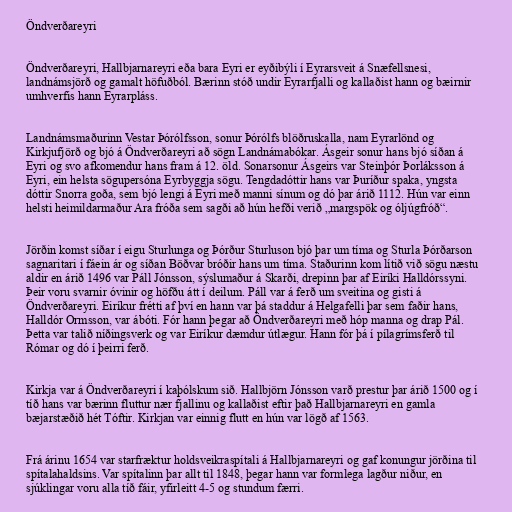
Öndverðareyri

Öndverðareyri, Hallbjarnareyri eða bara Eyri er eyðibýli í Eyrarsveit á Snæfellsnesi,
landnámsjörð og gamalt höfuðból. Bærinn stóð undir Eyrarfjalli og kallaðist hann og bæirnir
umhverfis hann Eyrarpláss.

Landnámsmaðurinn Vestar Þórólfsson, sonur Þórólfs blöðruskalla, nam Eyrarlönd og
Kirkjufjörð og bjó á Öndverðareyri að sögn Landnámabókar. Ásgeir sonur hans bjó síðan á
Eyri og svo afkomendur hans fram á 12. öld. Sonarsonur Ásgeirs var Steinþór Þorláksson á
Eyri, ein helsta sögupersóna Eyrbyggja sögu. Tengdadóttir hans var Þuríður spaka, yngsta
dóttir Snorra goða, sem bjó lengi á Eyri með manni sínum og dó þar árið 1112. Hún var einn
helsti heimildarmaður Ara fróða sem sagði að hún hefði verið „margspök og óljúgfróð“.

Jörðin komst síðar í eigu Sturlunga og Þórður Sturluson bjó þar um tíma og Sturla Þórðarson
sagnaritari í fáein ár og síðan Böðvar bróðir hans um tíma. Staðurinn kom lítið við sögu næstu
aldir en árið 1496 var Páll Jónsson, sýslumaður á Skarði, drepinn þar af Eiríki Halldórssyni.
Þeir voru svarnir óvinir og höfðu átt í deilum. Páll var á ferð um sveitina og gisti á
Öndverðareyri. Eiríkur frétti af því en hann var þá staddur á Helgafelli þar sem faðir hans,
Halldór Ormsson, var ábóti. Fór hann þegar að Öndverðareyri með hóp manna og drap Pál.
Þetta var talið níðingsverk og var Eiríkur dæmdur útlægur. Hann fór þá í pílagrímsferð til
Rómar og dó í þeirri ferð.

Kirkja var á Öndverðareyri í kaþólskum sið. Hallbjörn Jónsson varð prestur þar árið 1500 og í
tíð hans var bærinn fluttur nær fjallinu og kallaðist eftir það Hallbjarnareyri en gamla
bæjarstæðið hét Tóftir. Kirkjan var einnig flutt en hún var lögð af 1563.

Frá árinu 1654 var starfræktur holdsveikraspítali á Hallbjarnareyri og gaf konungur jörðina til
spítalahaldsins. Var spítalinn þar allt til 1848, þegar hann var formlega lagður niður, en
sjúklingar voru alla tíð fáir, yfirleitt 4-5 og stundum færri.